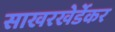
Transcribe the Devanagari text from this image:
साखरखेर्डेकर